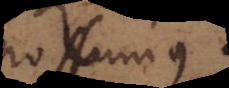
possumus.